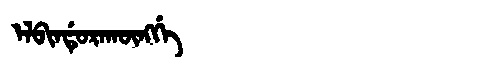
Manchu: ᡝᠯᠪᡳᠨᡩᡠᡵᠠᡴᡡᠩᡤᡝ
Romanization: ELBINDURAKŪNGGE